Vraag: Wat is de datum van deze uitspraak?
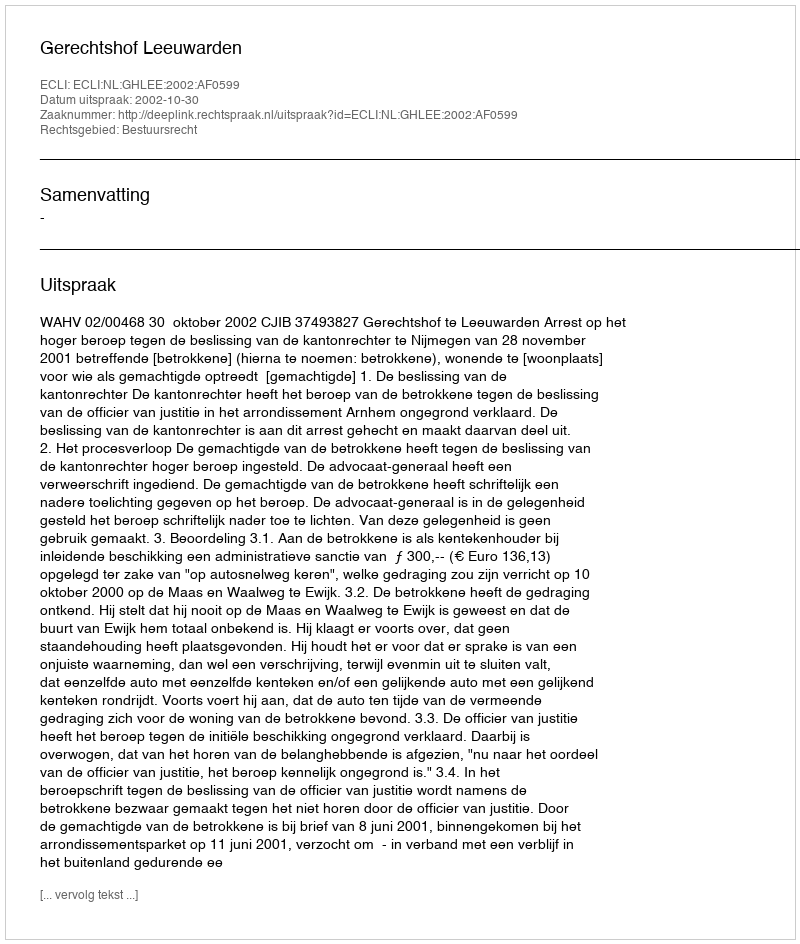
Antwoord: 2002-10-30